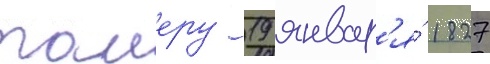
таиеру 19 январ'я́ 1827